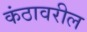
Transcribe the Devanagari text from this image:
कंठावरील